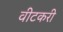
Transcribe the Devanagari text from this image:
वीटकरी